system: You are a helpful assistant.
user:
Analyze the provided spectrum to determine if it is a **S-type Star**.

- **Key Indicators for S-type Star:**

    - **(Overall Spectrum Shape):** The first and most obvious characteristic is the overall continuum (the "baseline" shape). It is **extremely "red-sloping,"** meaning the flux (light intensity) is very low on the left side (blue, ~4000-4500 Å) and rises steeply and continuously toward the right side (red, ~7000 Å+).

    - **(Primary):** The spectrum is defined by the presence of strong, broad molecular absorption "valleys" (bands) from **Zirconium Oxide (ZrO)**. The identification of these bands is the **primary requirement** for classifying a star as S-type.
        - **(Key Bandheads):** You must find distinct, deep "dips" where the light has been absorbed. The most critical band systems to locate are:
            - **~6474 Å** ($\gamma$-system): This is often the strongest and clearest ZrO feature, found in the red part of the spectrum.
            - **~5718 Å** & **~5551 Å** ($\beta$-system): A pair of prominent absorption features in the yellow-orange part of the spectrum.
            - **~4640 Å** ($\alpha$-system): A key absorption band system in the blue-green region of the spectrum.

    - **(Secondary Confirmation):** The classification is strengthened by finding additional absorption bands from other related heavy element oxides, which are expected to be present alongside ZrO.
        - **(Key Bandheads):**
            - **Yttrium Oxide (YO):** Look for absorption dips near **~4800 Å** and **~6100 Å**.
            - **Lanthanum Oxide (LaO):** Additional absorption features, particularly in the red-orange part of the spectrum, are also characteristic.

    - **(Line Profile):** The combination of the steep red continuum and these numerous, deep molecular bands (ZrO, YO, etc.) gives the entire spectrum a very **"chopped-up"** or **"bumpy"** appearance. Instead of a smooth curve, the spectrum looks as though large, wide chunks of light have been "carved out" of it at the specific wavelengths listed above.

Think first, call **spectral_visualization_tool** if needed to examine features in detail, then provide your final answer. Your response must adhere to the following strict rules:
1.  **Overall Structure:** Your response must follow the format `<think>...</think> <tool_call>...</tool_call> (if a tool is used) <answer>...</answer>`.
2.  **Tool Usage Constraint:** You may only make **one** tool call per turn.
3.  **Final Answer Format:** In the `<answer>` tag, your conclusion must be inside a `\boxed{}` command (e.g., `\boxed{YES}` or `\boxed{NO}`), followed by your justification.

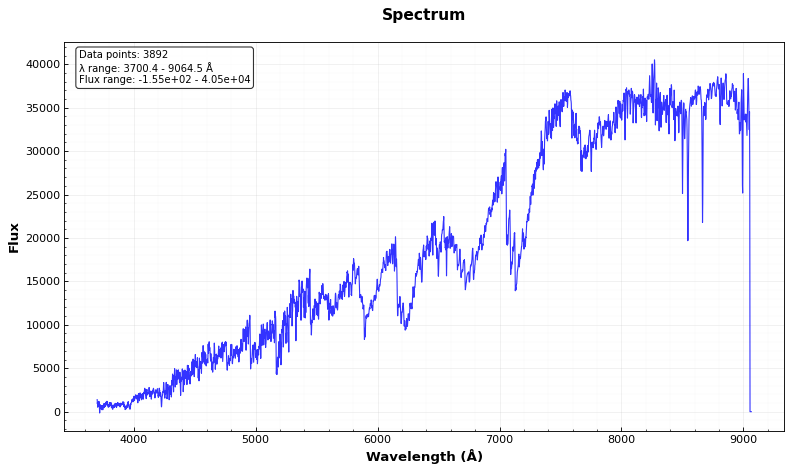
Answer: NO